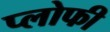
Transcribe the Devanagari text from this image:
प्लोफी